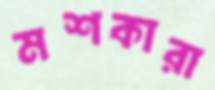
মশকারা